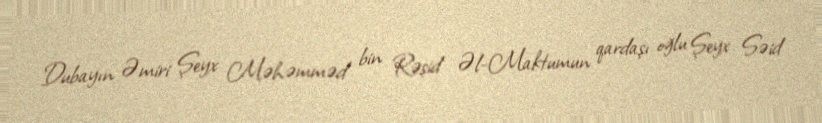
Dubayın Əmiri Şeyx Məhəmməd bin Rəşid Əl-Maktumun qardaşı oğlu Şeyx Səid